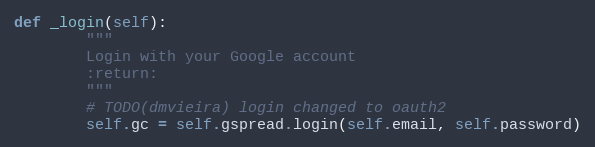
Language: Python
def _login(self):
        """
        Login with your Google account
        :return:
        """
        # TODO(dmvieira) login changed to oauth2
        self.gc = self.gspread.login(self.email, self.password)